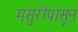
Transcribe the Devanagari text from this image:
मसुरीपासून